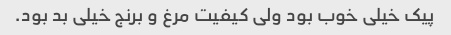
پیک خیلی خوب بود ولی کیفیت مرغ و برنج خیلی بد بود.